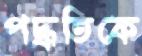
পদ্ধতিকে